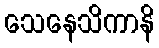
သေနေသိကာနိ